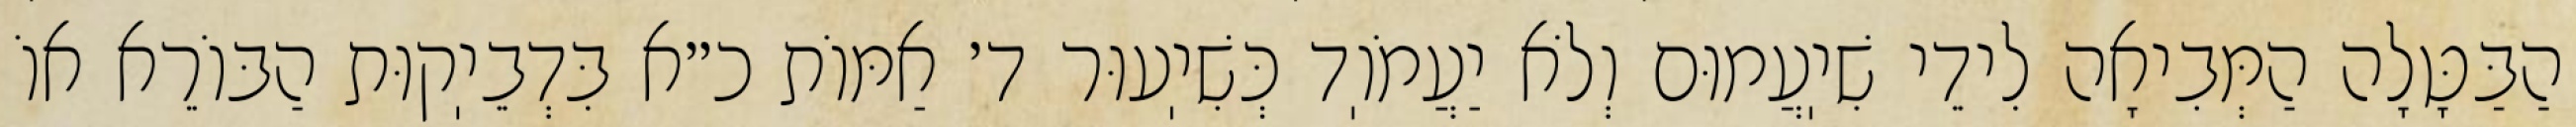
הַבַּטָּלָה הַמְּבִיאָה לִידֵי שִׁיֽעֲמוּם וְלֹא יַעֲמֹוֽד כְּשִׁיֽעוּר ד׳ אַמּוֹת כ״א בִּדְבֵיֽקוּת הַבּוֹרֵא אוֹ